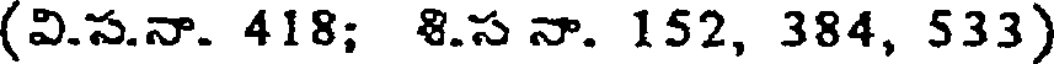
(వి.స.నా. 418; 8.స నా. 152, 384, 533)